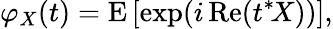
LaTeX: \varphi_{X}(t)=\operatorname{E}\left[\exp(i\operatorname{Re}(t^{*}\! X))\right],